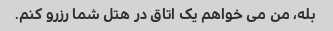
بله، من می خواهم یک اتاق در هتل شما رزرو کنم.